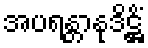
အပရန္တာနုဒိဋ္ဌိံ